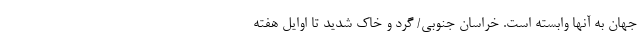
جهان به آنها وابسته است. خراسان جنوبی/ گرد و خاک شدید تا اوایل هفته